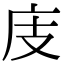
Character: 庋